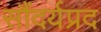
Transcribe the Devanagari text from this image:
सौंदर्यप्रद